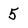
Character: 5